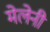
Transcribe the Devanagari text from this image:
मेलेनी